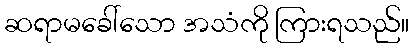
ဆရာမခေါ်သော အသံကို ကြားရသည်။